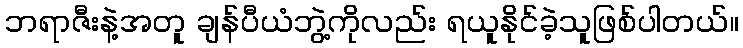
ဘရာဇီးနဲ့အတူ ချန်ပီယံဘွဲ့ကိုလည်း ရယူနိုင်ခဲ့သူဖြစ်ပါတယ်။